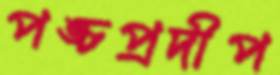
পঙ্চপ্রদীপ